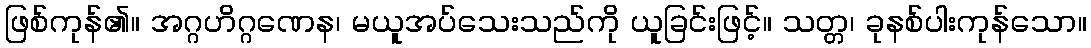
ဖြစ်ကုန်၏။ အဂ္ဂဟိဂ္ဂဏေန၊ မယူအပ်သေးသည်ကို ယူခြင်းဖြင့်။ သတ္တ၊ ခုနစ်ပါးကုန်သော။